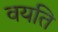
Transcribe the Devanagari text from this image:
वयति